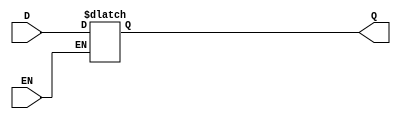
module m_0 (D, EN, Q);

parameter WIDTH = 2;
parameter EN_POLARITY = 1'b1;

input EN;
input [WIDTH-1:0] D;
output reg [WIDTH-1:0] Q;

always @* begin
	if (EN == EN_POLARITY)
		Q = D;
end

endmodule